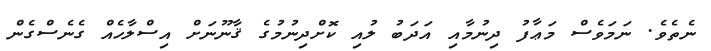
ނެތެވެ. ނަމަވެސް މަޢާފު ދިނުމާއި އަދަބު ލުއި ކޮށްދިނުމުގެ ޤާނޫނަށް އިސްލާހެއް ގެނެސްގެން